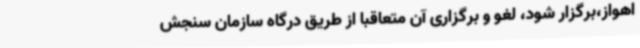
اهواز،برگزار شود، لغو و برگزاری آن متعاقبا از طریق درگاه سازمان سنجش